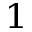
^ { 1 }